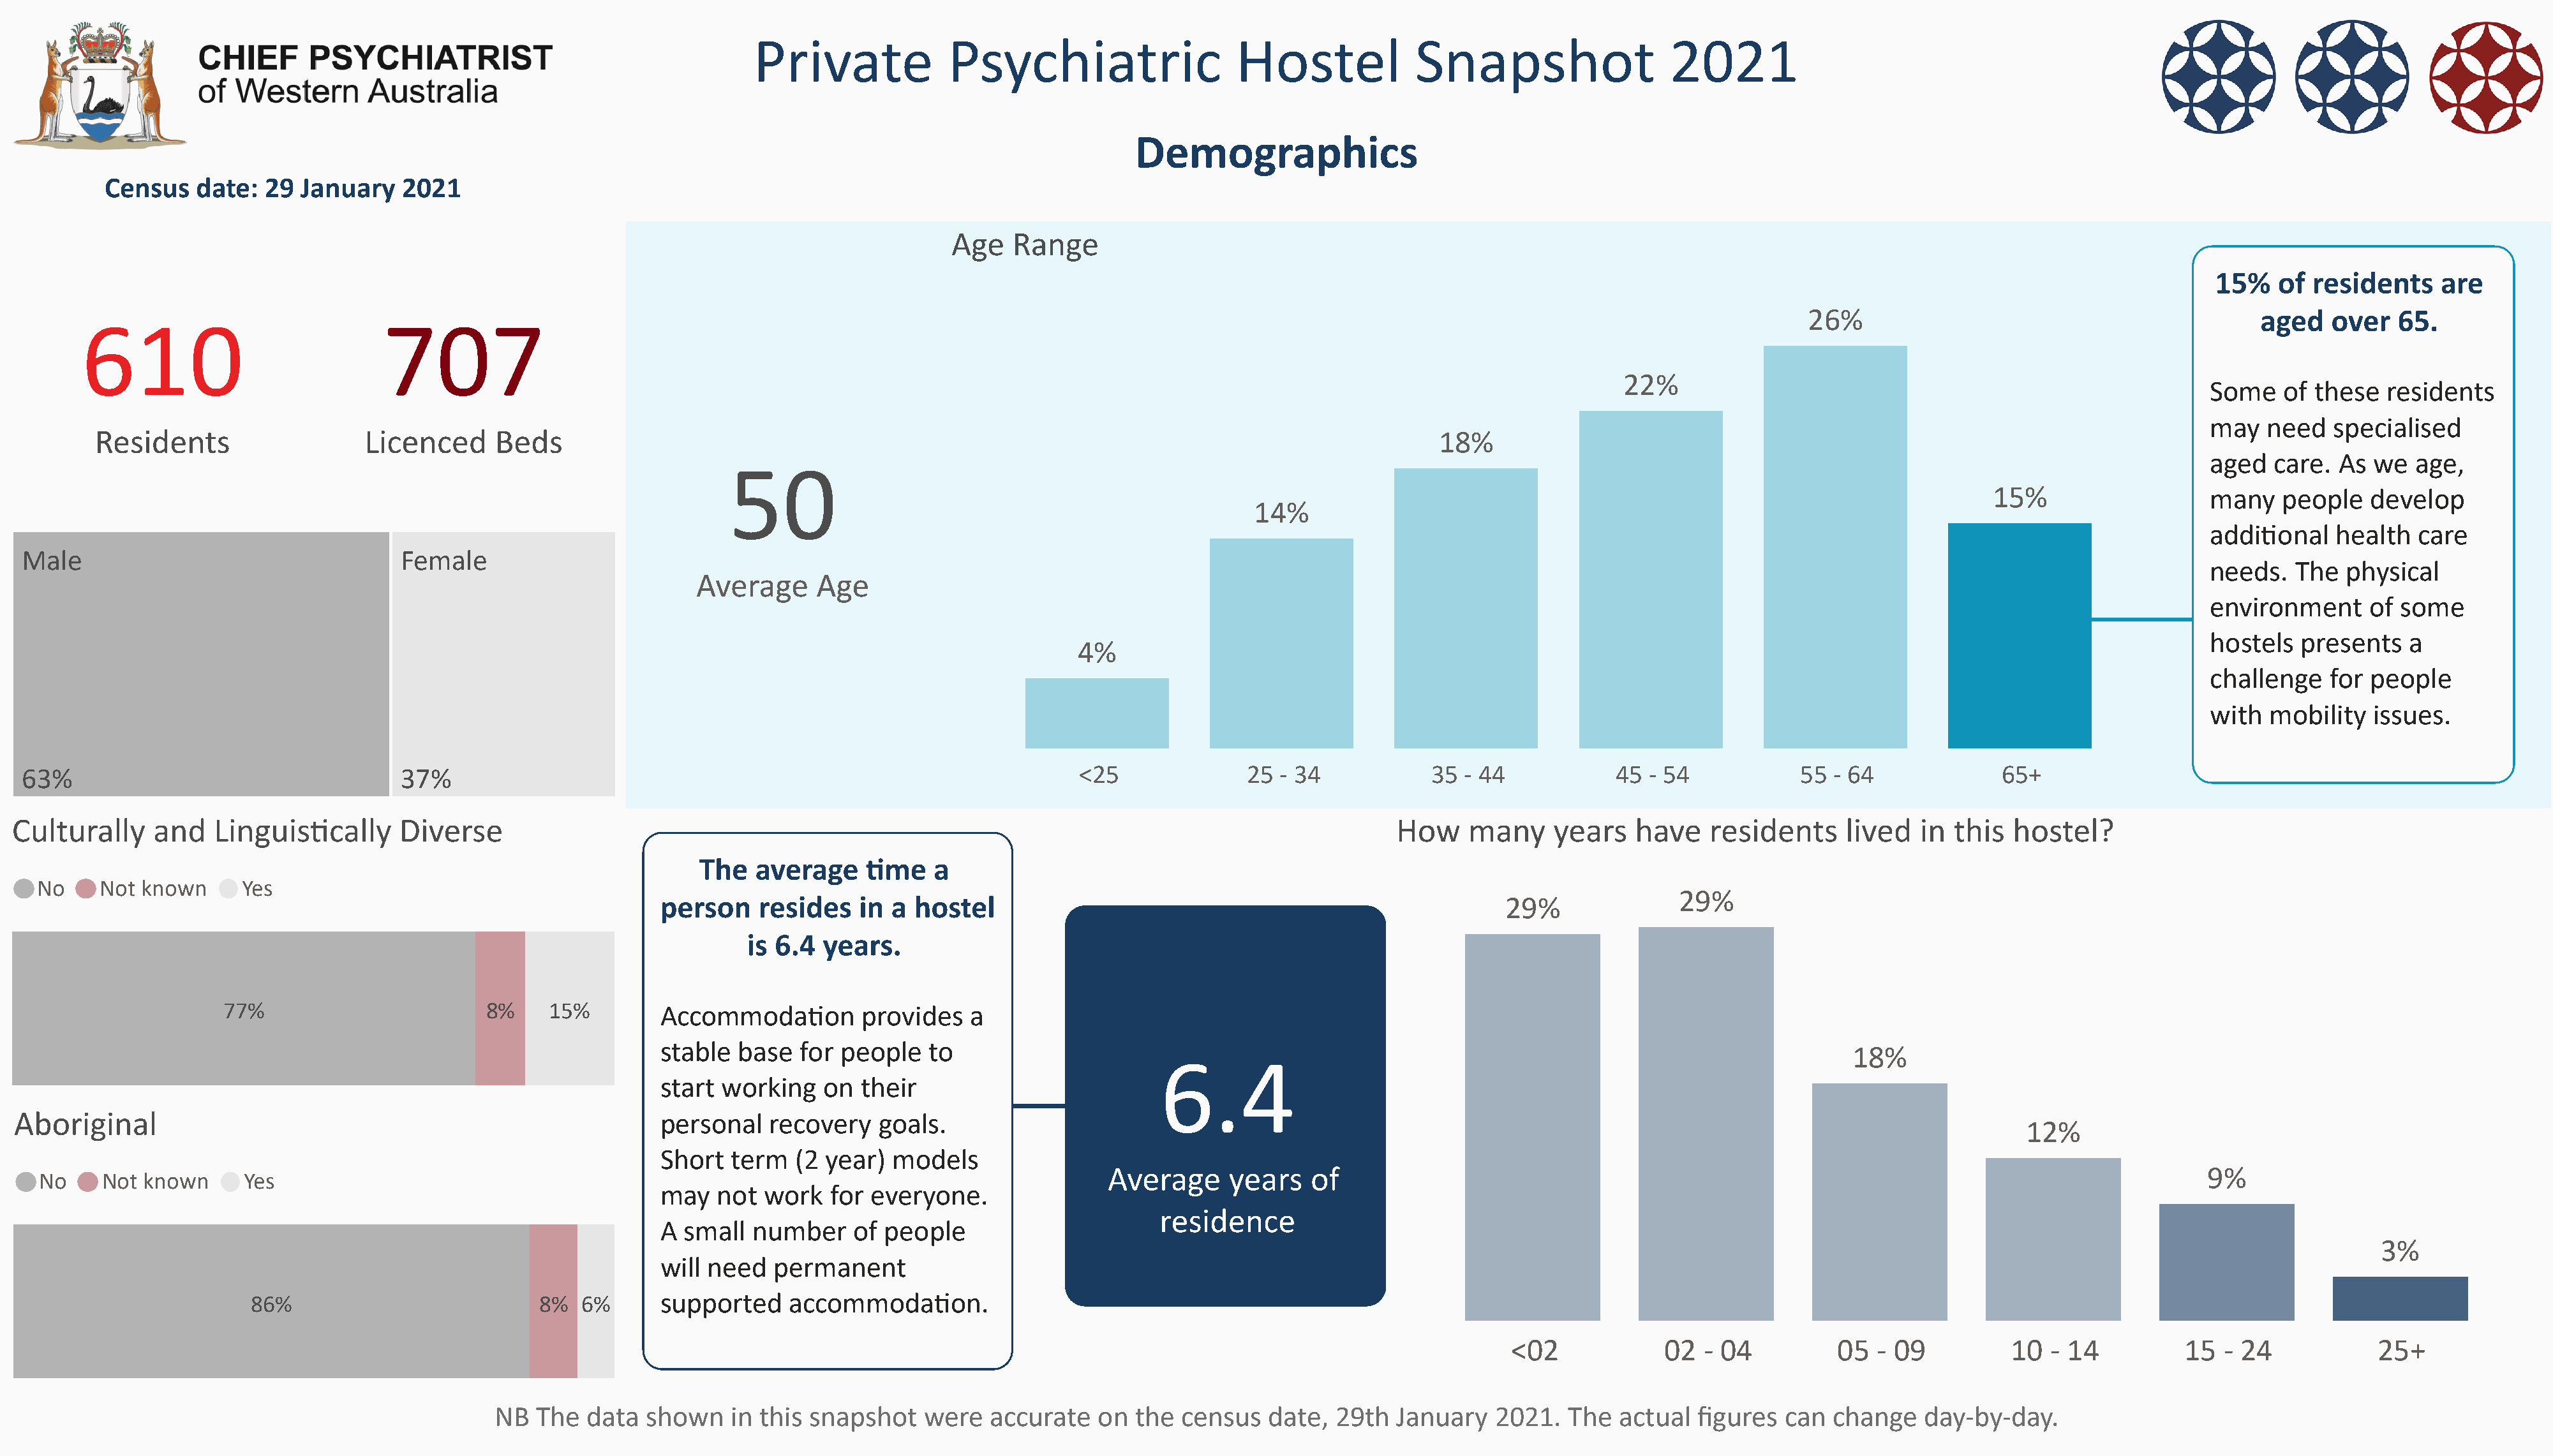
Private             Psychiatric                   Hostel             Snapshot                  2021
 Demographics
 Census   date:   29 January    2021
 Age   Range
 15%   of  residents    are
 26%                                           aged    over   65.
 610                             707
 22%
 Some    of these   residents
 may   need   specialised
 Residents                   Licenced     Beds                                                                                              18%
 aged   care.  As we   age,
 50
 15%                   many    people   develop
 14%
 addional    health   care
 Male                                    Female
 needs.   The  physical
 Average      Age
 environment      of some
 hostels   presents   a
 4%
 challenge    for people
 with  mobility   issues.
 63%                                     37%                                                                   <25              25  - 34           35  - 44            45 - 54            55 - 64              65+
 Culturally     and   Linguiscally      Diverse                                                                                                 How    many     years    have   residents     lived   in  this  hostel?
 The  average     me    a
 No    Not  known     Yes
 29%
 person     resides   in a  hostel                                                       29%
 is 6.4  years.
 77%                        8%     15%        Accommodaon         provides    a
 stable   base  for people   to
 18%
 6.4
 start  working   on  their
 Aboriginal                                                         personal    recovery   goals.
 12%
 Short   term  (2  year)  models
 Average     years    of                                                                                           9%
 No     Not known     Yes
 may   not  work   for everyone.
 residence
 A  small  number     of people
 3%
 will need   permanent
 86%                           8%  6%      supported     accommodaon.
 <02             02  - 04          05  - 09          10  - 14          15  - 24            25+
 NB   The  data  shown    in this snapshot    were   accurate   on  the  census   date,  29th  January   2021.   The  actual  figures  can  change    day-by-day.